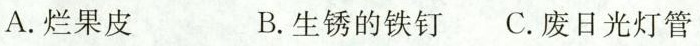
A.烂果皮 B.生锈的铁钉 C.废日光灯管